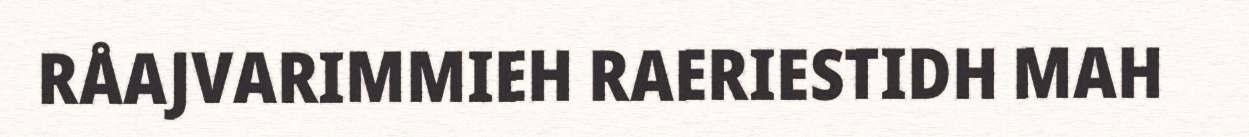
RÅAJVARIMMIEH RAERIESTIDH MAH